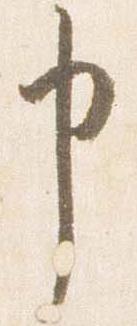
申